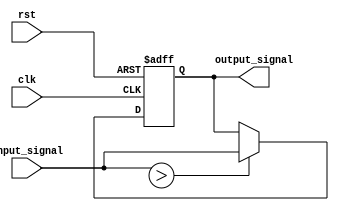
module PriorityBypassRegister (
    input wire clk,
    input wire rst,
    input wire [7:0] input_signal,
    output reg [7:0] output_signal
);

reg [7:0] priority_signal;

always @ (posedge clk or posedge rst) begin
    if (rst) begin
        output_signal <= 8'b0;
    end else begin
        if (input_signal > priority_signal) begin
            output_signal <= input_signal;
        end else begin
            output_signal <= output_signal;
        end
    end
end

endmodule